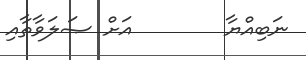
ނަބިއްޔާ        އަށް ޞަލަވާތާއި